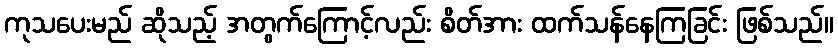
ကုသပေးမည် ဆိုသည့် အတွက်ကြောင့်လည်း စိတ်အား ထက်သန်နေကြခြင်း ဖြစ်သည်။